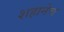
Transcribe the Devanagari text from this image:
शहानेच